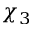
\chi _ { 3 }